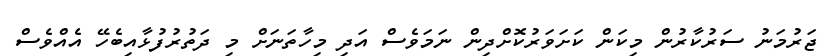
ޖަރުމަނު ސަރުކާރުން މިކަން ކަށަވަރުކޮށްދިން ނަމަވެސް އަދި މިހާތަނަށް މި ދަތުރުފުޅާއިބެހޭ އެއްވެސް